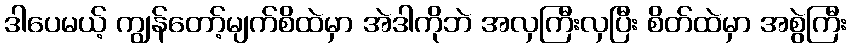
ဒါပေမယ့် ကျွန်တော့်မျက်စိထဲမှာ အဲဒါကိုဘဲ အလှကြီးလှပြီး စိတ်ထဲမှာ အစွဲကြီး